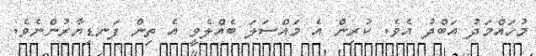
މުހައްމަދު އަބްދު އެވެ. ކުރިން އެ މައްސަލަ ބެއްލެވީ އެ ތިން ފަނޑިޔާރުންނެވެ.